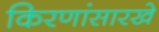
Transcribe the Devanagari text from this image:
किरणांसारखे